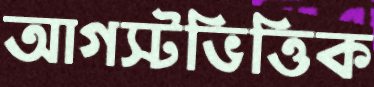
আগস্টভিত্তিক